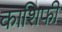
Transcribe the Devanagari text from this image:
काशिफी